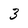
Character: 3